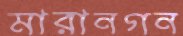
মারানগন